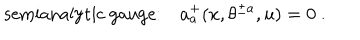
\mathrm { s e m i a n a l y t i c ~ g a u g e : } a _ { a } ^ { + } ( x , \theta ^ { \pm a } , u ) = 0 \ .